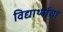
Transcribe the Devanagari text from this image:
विद्यार्थ्याचा